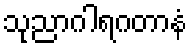
သုညာဂါရဂတာနံ